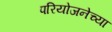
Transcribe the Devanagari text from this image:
परियोजनेच्या